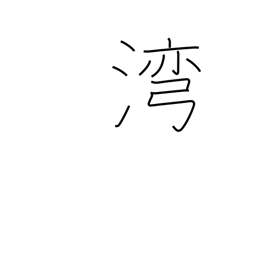
Meaning: gulf